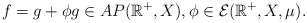
\begin{align*}f = g+\phi g\in AP(\mathbb{R}^+,X) , \phi\in\mathcal{E}(\mathbb{R}^+,X,\mu).\end{align*}